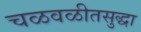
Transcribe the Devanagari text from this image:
चळवळीतसुद्धा